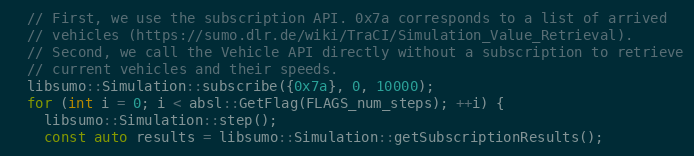
Language: C++
  // First, we use the subscription API. 0x7a corresponds to a list of arrived
  // vehicles (https://sumo.dlr.de/wiki/TraCI/Simulation_Value_Retrieval).
  // Second, we call the Vehicle API directly without a subscription to retrieve
  // current vehicles and their speeds.
  libsumo::Simulation::subscribe({0x7a}, 0, 10000);
  for (int i = 0; i < absl::GetFlag(FLAGS_num_steps); ++i) {
    libsumo::Simulation::step();
    const auto results = libsumo::Simulation::getSubscriptionResults();